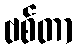
ဗစ်တာ